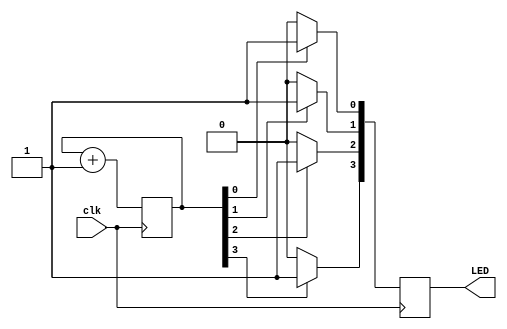
module binary_clock(
    input wire clk,
    output reg [3:0] LED
);

reg [3:0] licznik = 0;

always @(posedge clk)
begin
    licznik <= licznik + 1;

    // Przypisanie wartoci licznika do LED
    LED <= licznik[0] ? 1 : 0;
    LED[1] <= licznik[1] ? 1 : 0;
    LED[2] <= licznik[2] ? 1 : 0;
    LED[3] <= licznik[3] ? 1 : 0;
end

endmodule